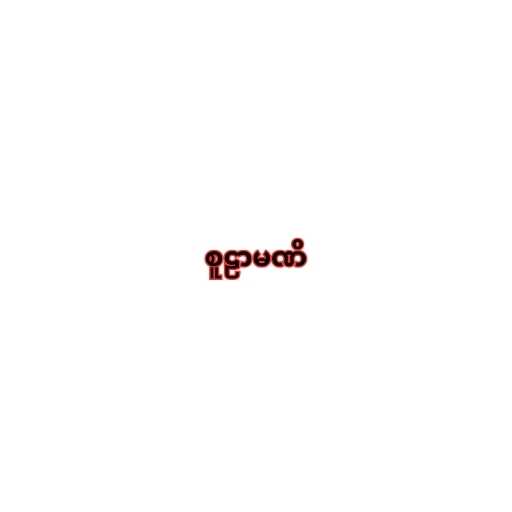
စူဠာမဏိ